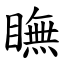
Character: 瞴